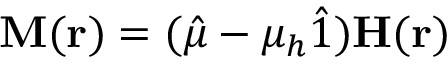
{ \bf M } ( { \bf r } ) = ( \hat { \mu } - \mu _ { h } \hat { 1 } ) { \bf H } ( { \bf r } )